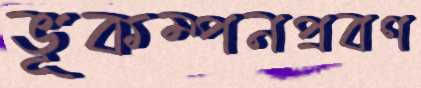
ভূকম্পনপ্রবণ